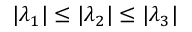
\vert \lambda _ { 1 } \vert \leq \vert \lambda _ { 2 } \vert \leq \vert \lambda _ { 3 } \vert